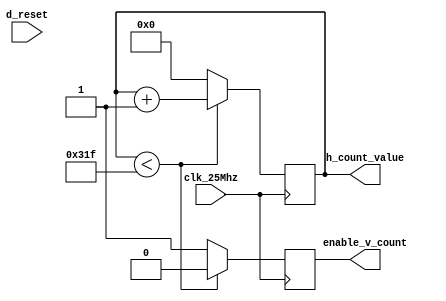
`timescale 1ns / 1ps
//////////////////////////////////////////////////////////////////////////////////
// Company: 
// Engineer: 
// 
// Design Name: 
// Module Name:    horizontal 
// Project Name: 
// Target Devices: 
// Tool versions: 
// Description: 
//
// Dependencies: 
//
// Revision: 
// Revision 0.01 - File Created
// Additional Comments: 
//
//////////////////////////////////////////////////////////////////////////////////
module horizontal(
    input clk_25Mhz,
	 input d_reset,
	 output reg enable_v_count,
    output reg [15:0] h_count_value
    );

always@(posedge clk_25Mhz) begin
	if (d_reset) begin
		enable_v_count <= 0;
		h_count_value <= 16'b0;
	end
	if (h_count_value < 16'b1100011111) begin
		h_count_value <= h_count_value + 16'b1;
		enable_v_count <= 0; //disable vert counter
	end
	else begin
		h_count_value <= 16'b0; //reset Hori counter
		enable_v_count <= 1; //trigger V count
	end
	
end
endmodule